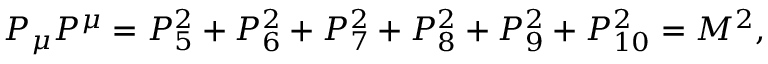
P _ { \mu } P ^ { \mu } = P _ { 5 } ^ { 2 } + P _ { 6 } ^ { 2 } + P _ { 7 } ^ { 2 } + P _ { 8 } ^ { 2 } + P _ { 9 } ^ { 2 } + P _ { 1 0 } ^ { 2 } = M ^ { 2 } ,